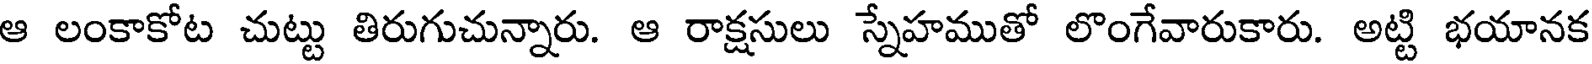
ఆ లంకాకోట చుట్టు తిరుగుచున్నారు. ఆ రాక్షసులు స్నేహముతో లొంగేవారుకారు. అట్టి భయానక